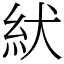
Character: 紎